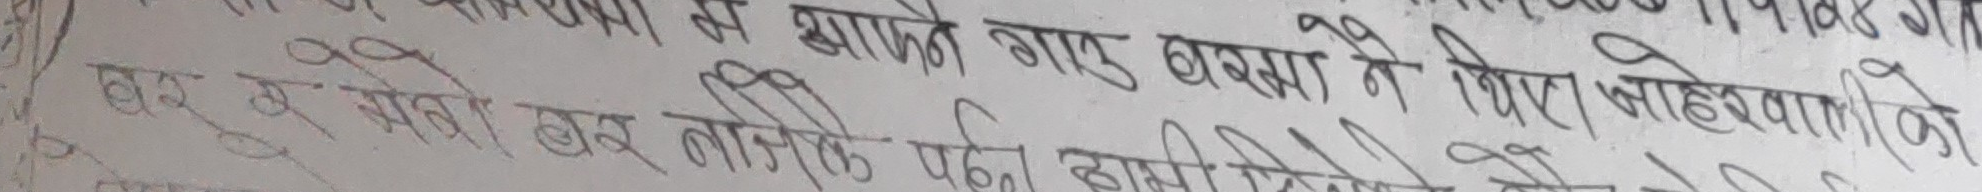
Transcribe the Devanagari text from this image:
से आपने गए बरसे ने किए मोहेर्वागिको
घर टु भित्री घर तारिखि पछिको सामिलिको